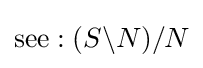
{\text{see}}:(S\backslash N)/N